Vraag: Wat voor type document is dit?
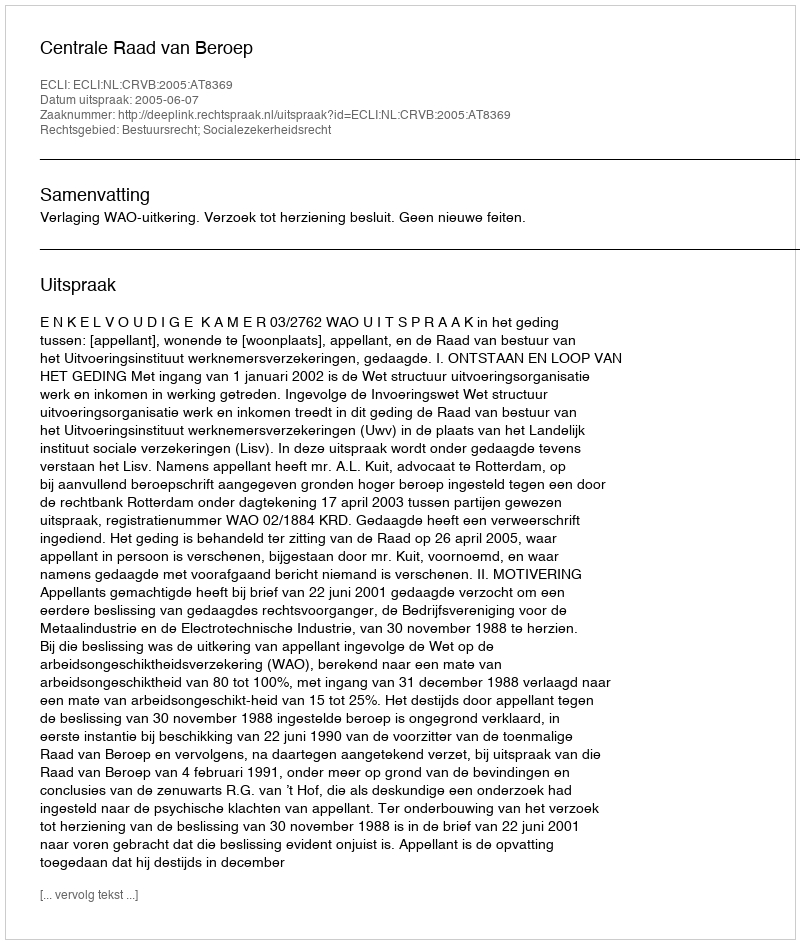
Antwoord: Uitspraak